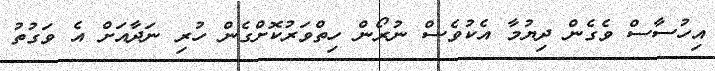
އިހުސާސް ވެގެން ދިޔުމާ އެކުވެސް ނުރޯން ހިތްވަރުކޮށްގެން ހުރި ނަދާއަށް އެ ވަގުތު